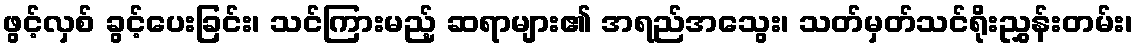
ဖွင့်လှစ် ခွင့်ပေးခြင်း၊ သင်ကြားမည့် ဆရာများ၏ အရည်အသွေး၊ သတ်မှတ်သင်ရိုးညွှန်းတမ်း၊